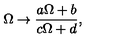
{ \Omega \to { \frac { a \Omega + b } { c \Omega + d } } , }